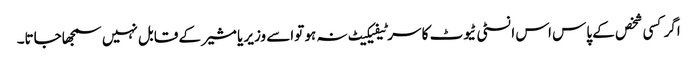
اگر کسی شخص کے پاس اس انسٹی ٹیوٹ کا سرٹیفیکیٹ نہ ہو تواسے وزیر یا مشیر کے قابل نہیں سمجھاجاتا۔